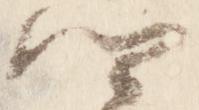
卿